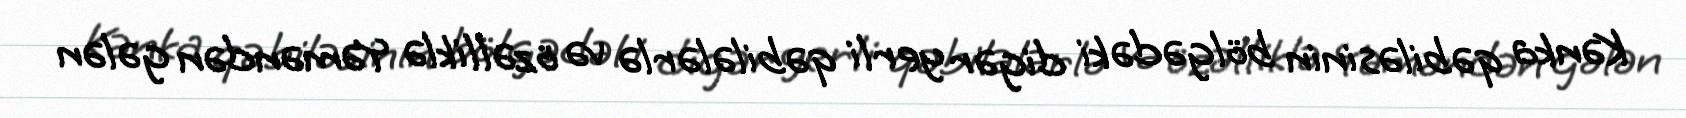
Kənka qəbiləsinin bölgədəki digər yerli qəbilələrlə və özəlliklə Yəməndən gələn